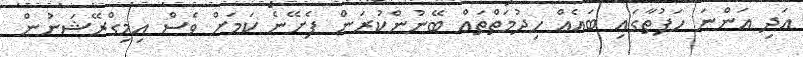
އަދި އަންނަ ހަފުތާގައި ބައެއް ހިދުމަތްތައް ބޭނުންކުރަން ފެށޭނެ ކަމަށް ވެސް އިމިގްރޭޝަނުން